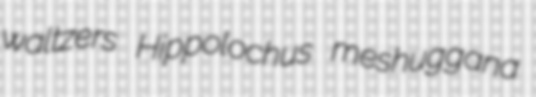
waltzers Hippolochus meshuggana